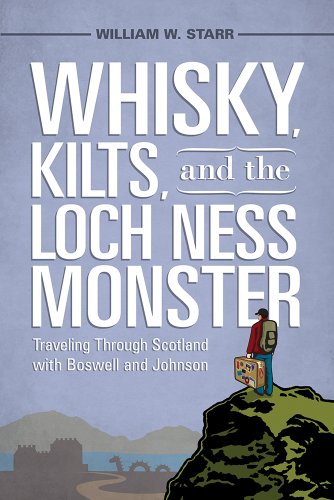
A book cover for Whisky, Kilts, and the Loch Ness Monster: Traveling through Scotland with Boswell and Johnson; William W. Starr; Travel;